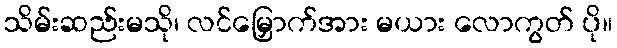
သိမ်းဆည်းမသို၊ လင်မြှောက်အား မယား လောကွတ် ပို။